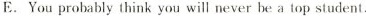
E.You probably think you will never be a top student.